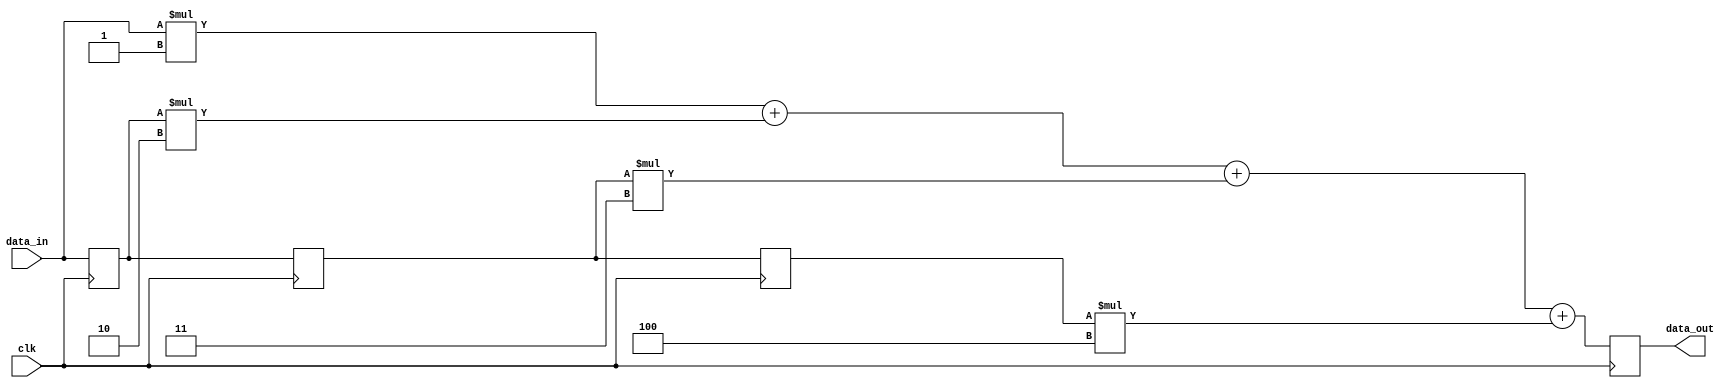
module fir_example(data_in,clk,data_out);
input signed [15:0] data_in;
input clk;
output signed [15:0] data_out;

parameter h1=5'd1;// can be any arbitary coeffiecient
parameter h2=5'd2;// can be any arbitary coeffiecient
parameter h3=5'd3;// can be any arbitary coeffiecient
parameter h4=5'd4;// can be any arbitary coeffiecient

reg signed [15:0] r1;// buffer1
reg signed [15:0] r2;// buffer2
reg signed [15:0] r3;// buffer3
reg signed [15:0] r4;// buffer4

//initialize buffers to zero
initial 
begin
    r1=16'd0;
    r2=16'd0;
    r3=16'd0;
    r4=16'd0;
end

always@(posedge clk)
begin
r4 = r3;
r3 = r2;
r2 = r1;
r1 = data_in;
data_out = r1*h1 + r2*h2 + r3*h3 + r4*h4;
//write code here
end

//write code here

endmodule